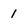
Character: 1